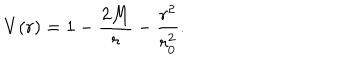
LaTeX: V ( r ) = 1 - \frac { 2 M } { r } - \frac { r ^ { 2 } } { r _ { 0 } ^ { 2 } } .